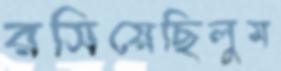
রসিয়েছিলুম